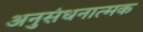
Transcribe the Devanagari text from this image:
अनुसंधनात्मक